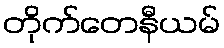
တိုက်တေနီယမ်